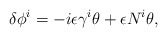
\begin{align*}\delta \phi^i = -i \epsilon \gamma^i \theta + \epsilon N^i \theta ,\end{align*}